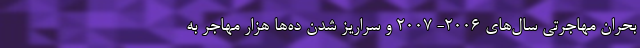
بحران مهاجرتی سال‌های 2006- 2007 و سراریز شدن ده‌ها هزار مهاجر به